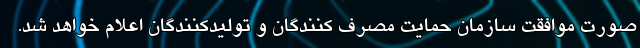
صورت موافقت سازمان حمایت مصرف کنندگان و تولیدکنندگان اعلام خواهد شد.